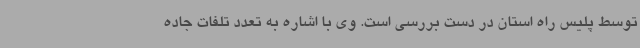
توسط پلیس راه استان در دست بررسی است. وی با اشاره به تعدد تلفات جاده